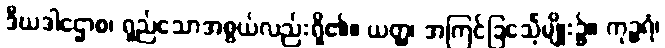
ဒီဃဒါဌောစ၊ ရှည်သောအစွယ်လည်းရှိ၏။ ယတ္ထ၊ အကြင်ခြင်္သေ့မျိုး၌။ ကုဉ္ဇရံ၊